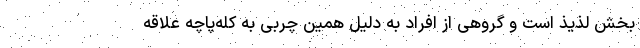
بخش لذیذ است و گروهی از افراد به دلیل همین چربی به کله‌پاچه علاقه